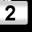
Digit: 2